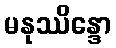
မနုဿိန္ဒော